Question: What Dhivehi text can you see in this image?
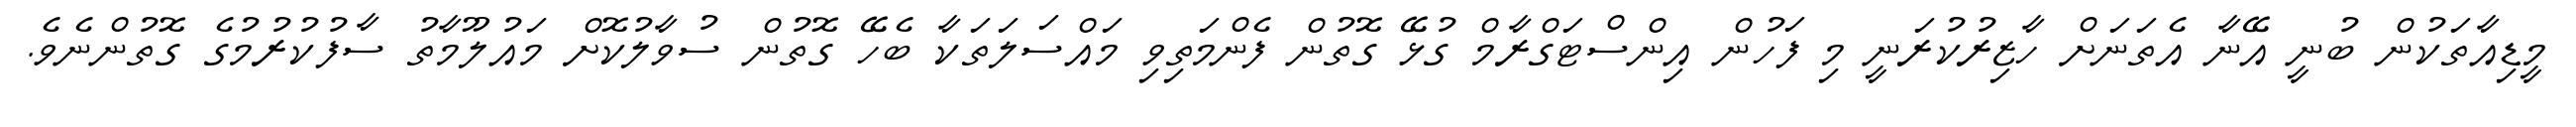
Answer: މީޑިއާތަކުން ބުނީ އޭނާ އެތަނަށް ހާޒިރުކުރަނީ މި ފަހުން އިންސްޓަގްރާމް ގުޅޭ ގޮތުން ފެންމަތިވި މައްސަލަތަކާ ބެހޭ ގޮތުން ސުވާލުކޮށް މައުލޫމާތު ސާފުކުރުމުގެ ގޮތުންނެވެ.